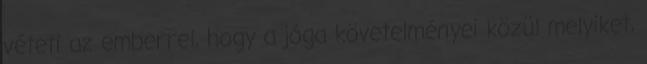
véteti az emberrel, hogy a jóga követelményei közül melyiket,